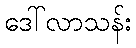
ဒေါ်လာသန်း